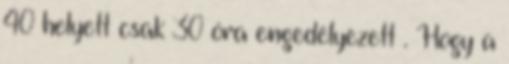
40 helyett csak 30 óra engedélyezett . Hogy a